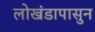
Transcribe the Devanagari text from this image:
लोखंडापासुन